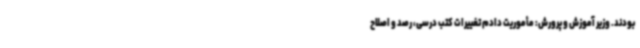
بودند. وزیر آموزش و پرورش: مأموریت دادم تغییرات کتب درسی، رصد و اصلاح